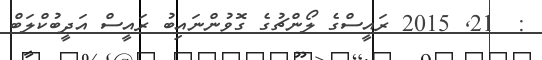
:  21